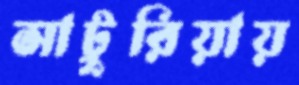
সাটুরিয়ায়